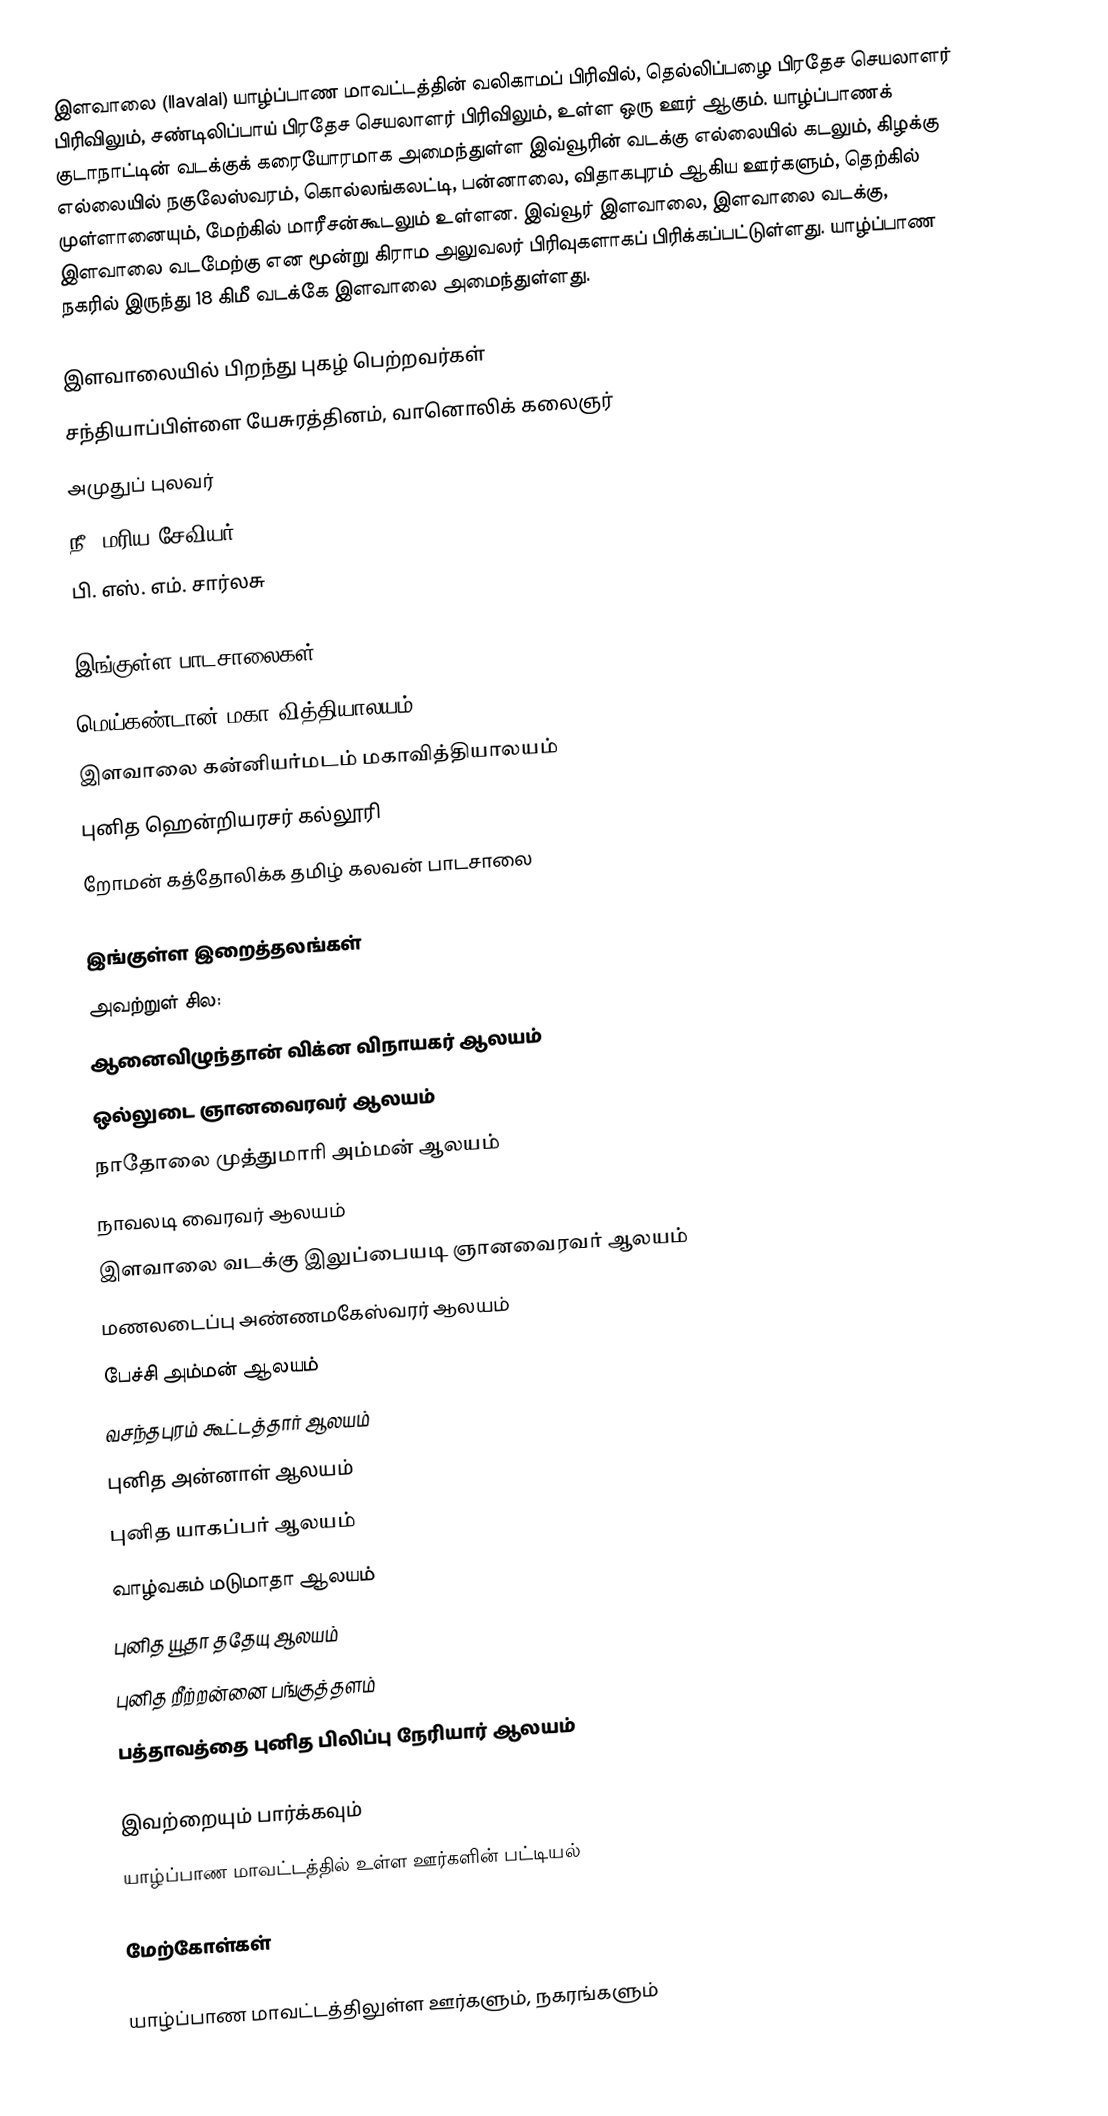
இளவாலை (Ilavalai) யாழ்ப்பாண மாவட்டத்தின் வலிகாமப் பிரிவில், தெல்லிப்பழை பிரதேச செயலாளர் பிரிவிலும், சண்டிலிப்பாய் பிரதேச செயலாளர் பிரிவிலும், உள்ள ஒரு ஊர் ஆகும். யாழ்ப்பாணக் குடாநாட்டின் வடக்குக் கரையோரமாக அமைந்துள்ள இவ்வூரின் வடக்கு எல்லையில் கடலும், கிழக்கு எல்லையில் நகுலேஸ்வரம், கொல்லங்கலட்டி, பன்னாலை, விதாகபுரம் ஆகிய ஊர்களும், தெற்கில் முள்ளானையும், மேற்கில் மாரீசன்கூடலும் உள்ளன. இவ்வூர் இளவாலை, இளவாலை வடக்கு, இளவாலை வடமேற்கு என மூன்று கிராம அலுவலர் பிரிவுகளாகப் பிரிக்கப்பட்டுள்ளது. யாழ்ப்பாண நகரில் இருந்து 18 கிமீ வடக்கே இளவாலை அமைந்துள்ளது.

இளவாலையில் பிறந்து புகழ் பெற்றவர்கள்
சந்தியாப்பிள்ளை யேசுரத்தினம், வானொலிக் கலைஞர்
அமுதுப் புலவர்
 நீ. மரிய சேவியர்
 பி. எஸ். எம். சார்லசு

இங்குள்ள பாடசாலைகள்
 மெய்கண்டான் மகா வித்தியாலயம்
 இளவாலை கன்னியர்மடம் மகாவித்தியாலயம்
 புனித ஹென்றியரசர் கல்லூரி
 றோமன் கத்தோலிக்க தமிழ் கலவன் பாடசாலை

இங்குள்ள இறைத்தலங்கள்
அவற்றுள் சில:
 ஆனைவிழுந்தான் விக்ன விநாயகர் ஆலயம்
 ஒல்லுடை ஞானவைரவர் ஆலயம்
 நாதோலை முத்துமாரி அம்மன் ஆலயம்
 நாவலடி வைரவர் ஆலயம்
 இளவாலை வடக்கு இலுப்பையடி ஞானவைரவர் ஆலயம்
 மணலடைப்பு அண்ணமகேஸ்வரர் ஆலயம்
 பேச்சி அம்மன் ஆலயம்
 வசந்தபுரம் கூட்டத்தார் ஆலயம்
 புனித அன்னாள் ஆலயம்
 புனித யாகப்பர் ஆலயம்
 வாழ்வகம் மடுமாதா ஆலயம்
 புனித யூதா ததேயு ஆலயம்
 புனித றீற்றன்னை பங்குத்தளம்
 பத்தாவத்தை புனித பிலிப்பு நேரியார் ஆலயம்

இவற்றையும் பார்க்கவும்
 யாழ்ப்பாண மாவட்டத்தில் உள்ள ஊர்களின் பட்டியல்

மேற்கோள்கள்

யாழ்ப்பாண மாவட்டத்திலுள்ள ஊர்களும், நகரங்களும்